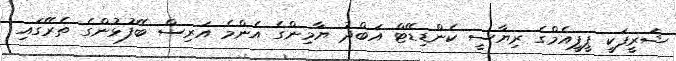
ޝަރީފަކީ ޕީޕީއެމްގެ ރިޔާސީ ކެންޑިޑޭޓް އަބްދު ޔާމިންގެ އެންމެ އަރިސް ބޭފުޅުންގެ ތެރޭގައި